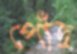
পোঁছ